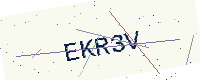
Text: EKR3V